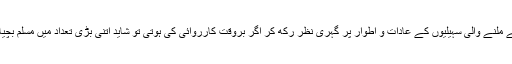
اپنی لڑکیوں کے چال چلن، ان سے ملنے والی سہیلیوں کے عادات و اطوار پر گہری نظر رکھ کر اگر بروقت کارروائی کی ہوتی تو شاید اتنی بڑی تعداد میں مسلم بچیاں غیروں کے ہاتھوں نہیں لگتیں۔